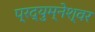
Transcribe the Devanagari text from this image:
प्रद्युम्नेश्वर